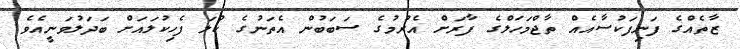
ޒާތެއްގެ ފަނިފަކުސާއެއް ތާޖްމަހަލްގެ ފާރަށް އެރުމުގެ ސަބަބުން އެތަނުގެ ކުލަ ފެހިކުލައަށް ބަދަލުވަނީއެވެ.